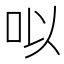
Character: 㕽